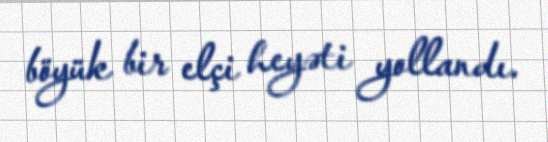
böyük bir elçi heyəti yollandı.